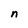
Character: n